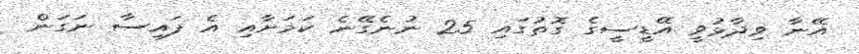
އޭނާ ވިދާޅުވީ އޭޑީސީގެ ގޮތުގައި 25 ނުނެގޭނެ ކަމަށާއި އެ ފައިސާ ނަގަން